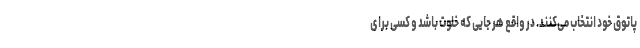
پاتوق خود انتخاب می‌کنند. در واقع هر جایی که خلوت باشد و کسی برای